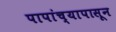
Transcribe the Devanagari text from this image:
पापांच्यापासून